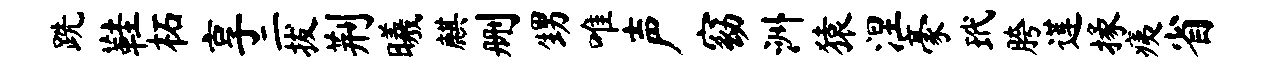
跣鞋柘享二拔荆曦麒删甥唯声窈洲猿涅豪玳胯莲掾痍省